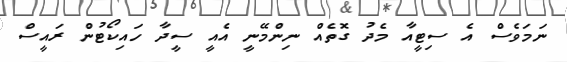
ނަމަވެސް އެ ސިޓީއާ މެދު ގޮތެއް ނިންމޭނީ އެއީ ސީދާ ހައިކޯޓުން ރައީސް